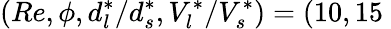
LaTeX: \left(Re,\phi,d_{l}^{*}/d_{s}^{*},V_{l}^{*}/V_{s}^{*}\right)=(10,15\